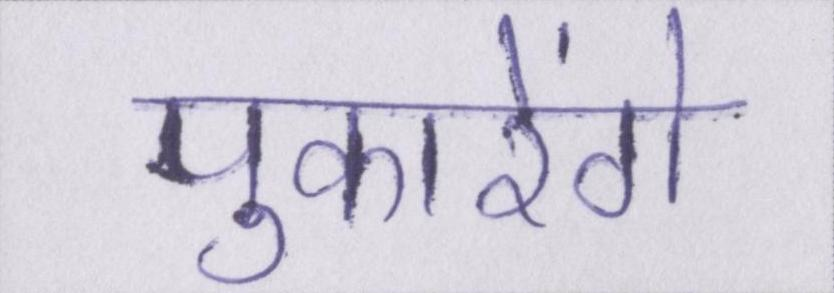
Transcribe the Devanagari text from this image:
पुकारेंगे